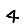
Digit: 4